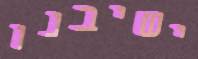
ישיבנו